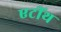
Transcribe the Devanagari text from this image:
एटींथ